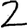
Digit: 2